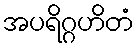
အပရိဂ္ဂဟိတံ